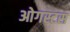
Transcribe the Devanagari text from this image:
ओगस्टस